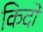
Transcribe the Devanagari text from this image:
किदो